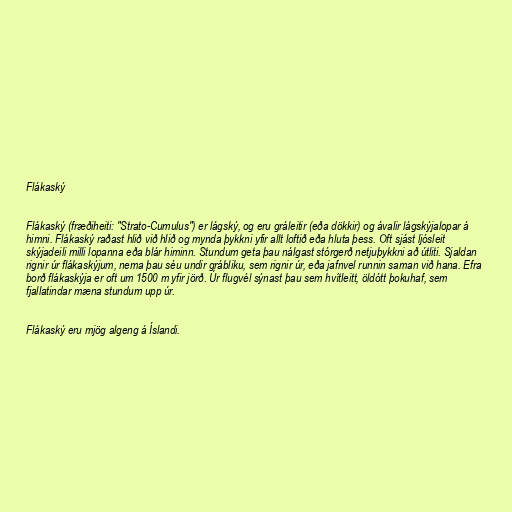
Flákaský

Flákaský (fræðiheiti: "Strato-Cumulus") er lágský, og eru gráleitir (eða dökkir) og ávalir lágskýjalopar á
himni. Flákaský raðast hlið við hlið og mynda þykkni yfir allt loftið eða hluta þess. Oft sjást ljósleit
skýjadeili milli lopanna eða blár himinn. Stundum geta þau nálgast stórgerð netjuþykkni að útliti. Sjaldan
rignir úr flákaskýjum, nema þau séu undir grábliku, sem rignir úr, eða jafnvel runnin saman við hana. Efra
borð flákaskýja er oft um 1500 m yfir jörð. Úr flugvél sýnast þau sem hvítleitt, öldótt þokuhaf, sem
fjallatindar mæna stundum upp úr.

Flákaský eru mjög algeng á Íslandi.